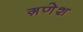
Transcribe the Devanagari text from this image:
ग़णेश